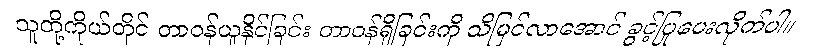
သူတို့ကိုယ်တိုင် တာဝန်ယူနိုင်ခြင်း တာဝန်ရှိခြင်းကို သိမြင်လာအောင် ခွင့်ပြုပေးလိုက်ပါ။